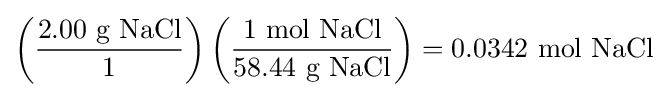
\left({\frac {2.00{\mbox{ g NaCl}}}{1}}\right)\left({\frac {1{\mbox{ mol NaCl}}}{58.44{\mbox{ g NaCl}}}}\right)=0.0342\ {\text{mol NaCl}}